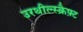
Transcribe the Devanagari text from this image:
उरथील्स्क्रैफ़्ट